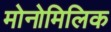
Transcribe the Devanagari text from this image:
मोनोमिलिक